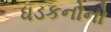
ધડકનોનો